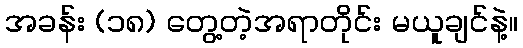
အခန်း (၁၈) တွေ့တဲ့အရာတိုင်း မယူချင်နဲ့။